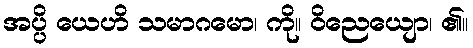
အပ္ပိ ယေဟိ သမာဂမော၊ ကို။ ဝိညေယျော၊ ၏။